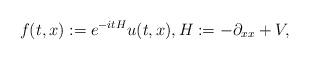
LaTeX: \begin{align*}f(t,x) := e^{-itH}u(t,x), H := -\partial_{xx}+V,\end{align*}